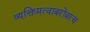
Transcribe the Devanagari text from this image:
व्यक्तिमत्वाबरोबरच